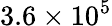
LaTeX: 3.6\times 10^{5}